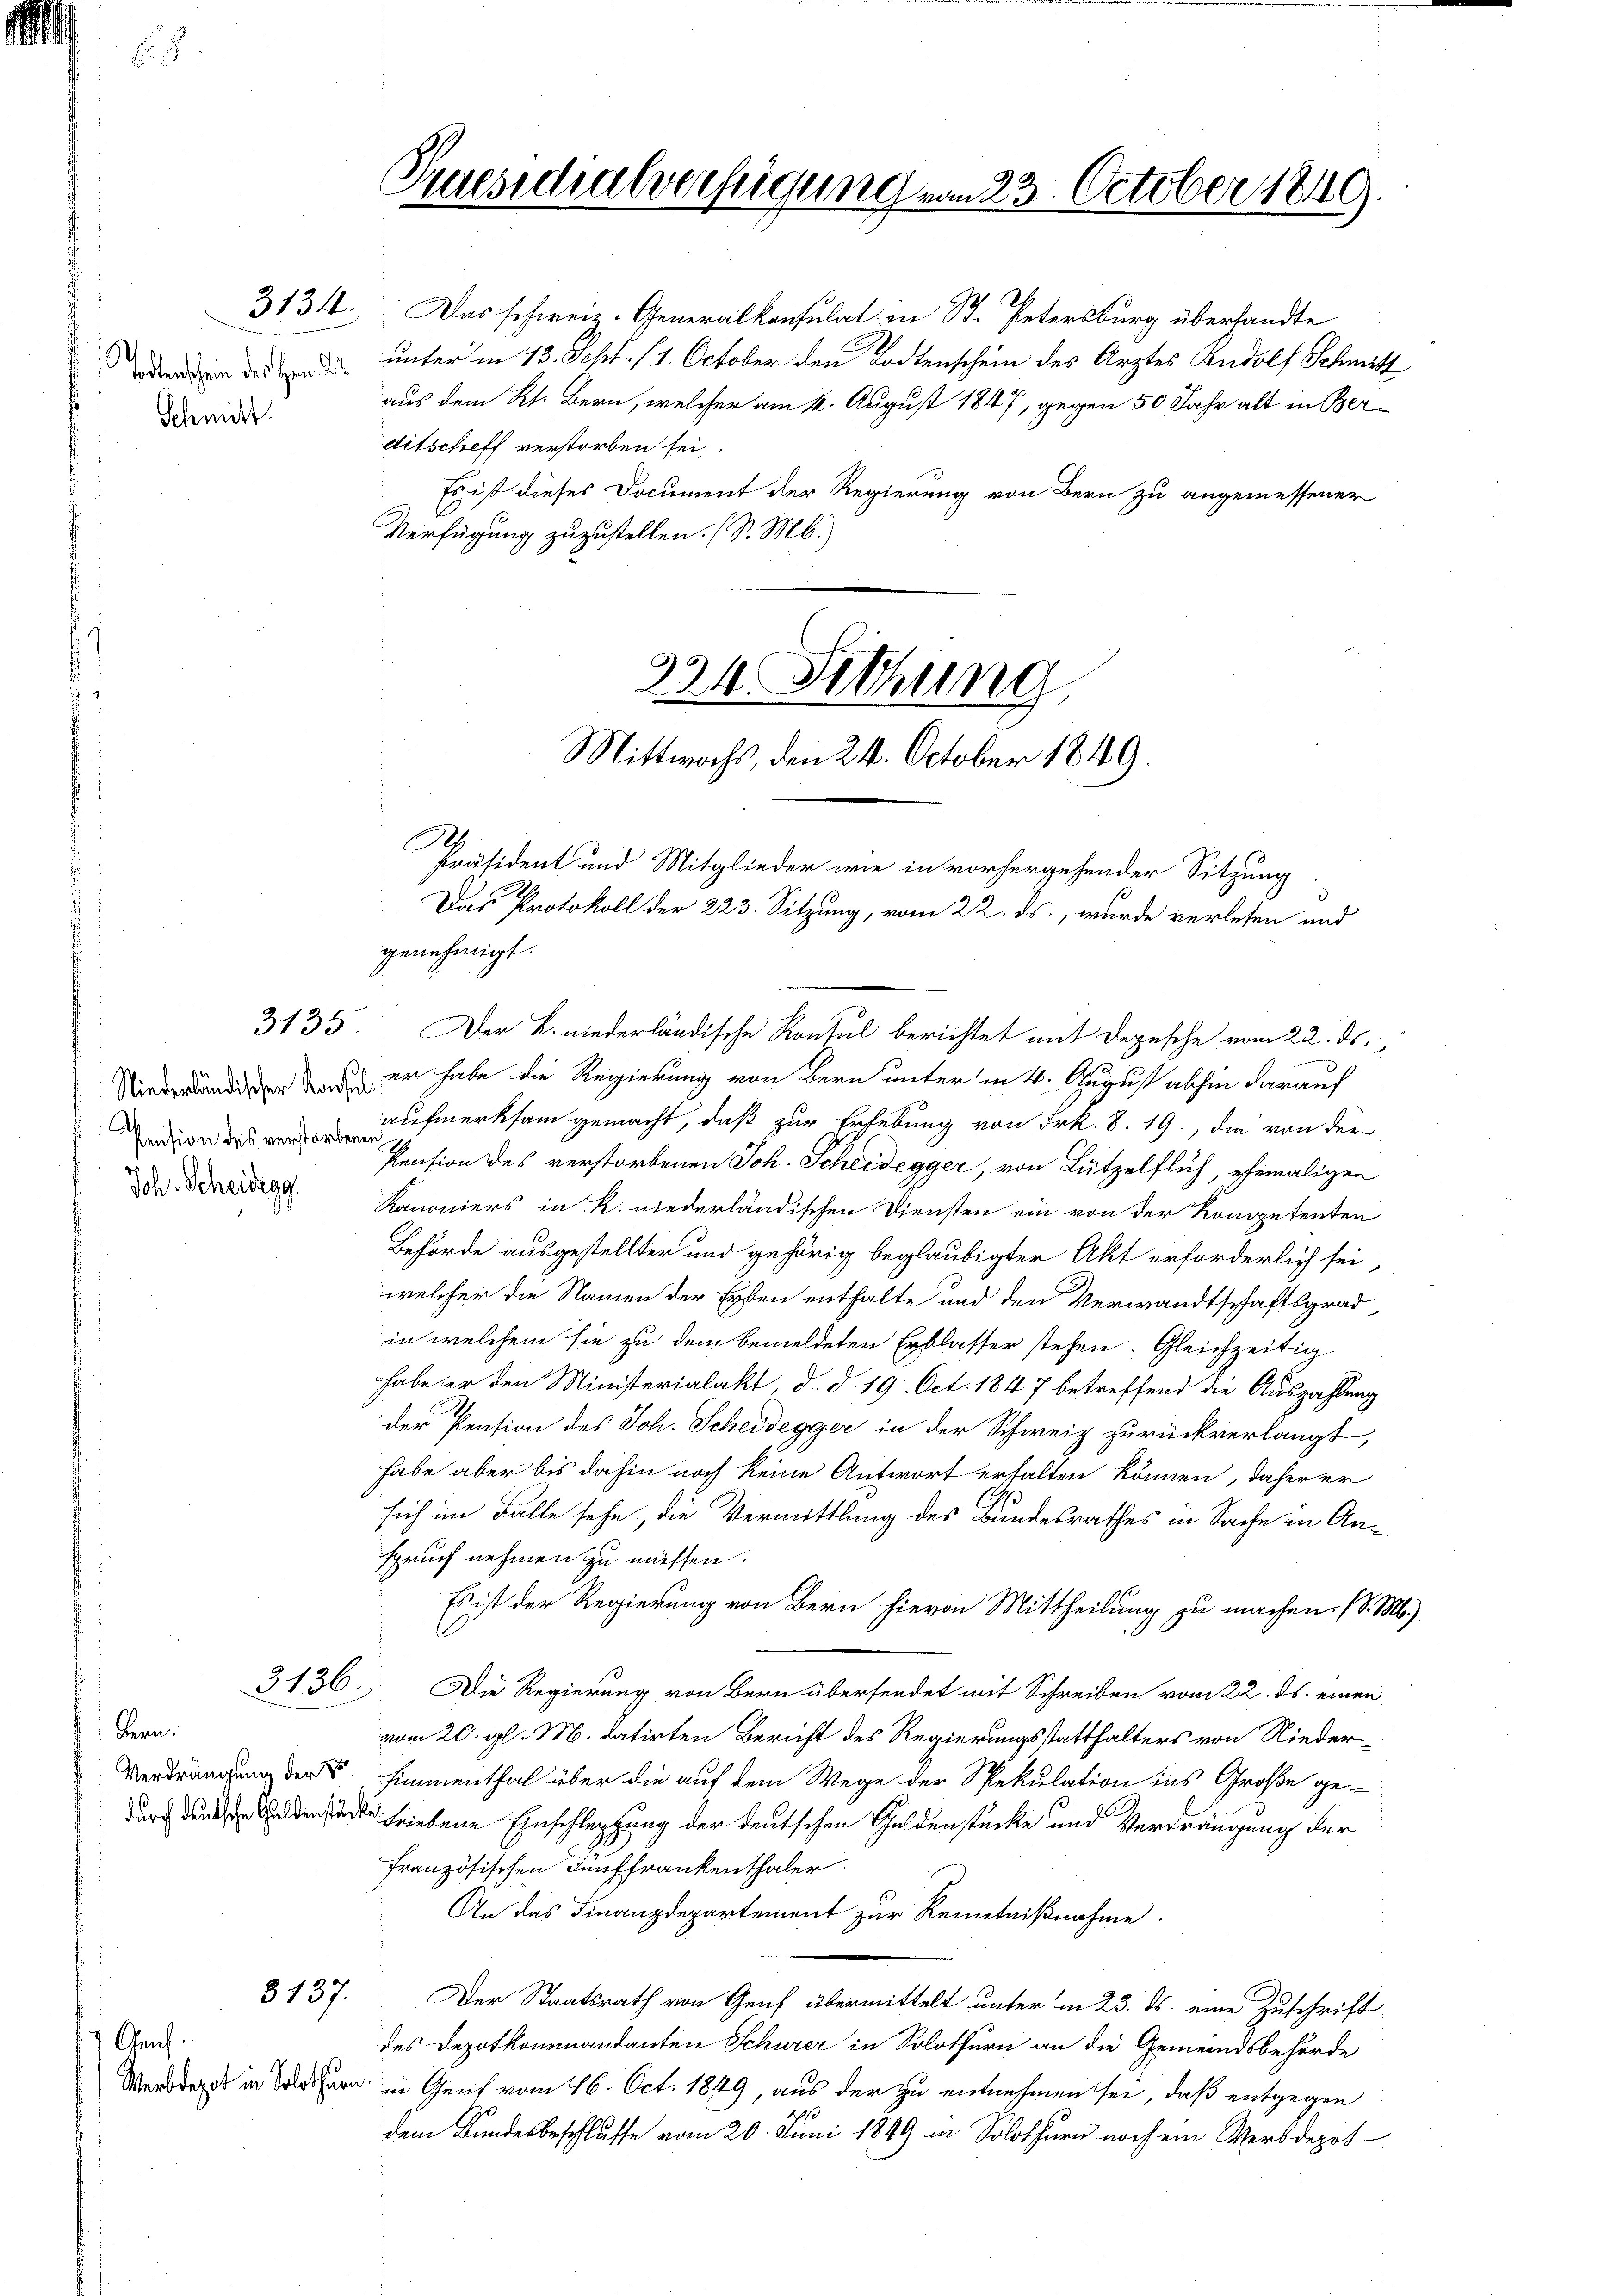
tortenschein des Hrn. D
Schnitt.

A
Pension des verstorbenen

Joh. Scheidegg

Genf.

3134.

Bern.

8137.

Praesidialverfügung vom 23. October 1840.

Das schweiz. Generalkonsulat in St. Petersburg überhandte
unter in 13. Sept. /1. October den Todtenschein des Arztes Rudolf Schmitt
aus dem Rt. Bern, welcher am 12. August 1847, gegen 50 Jahr alt in Berditscheff verstorben sei,
Es ist dieses Document der Regierung von Bern zu angemessener
Verfügung zuzustellen. (S. M.)

324. Siehung
Mittwochs, den 24. October 1849.

e
Präsident und Mitglieder wie in vorhergehender Sitzung
Das Protokoll der 223. Sitzung, vom 22. ds., wurde verlesen und
genehmigt.
3135. Der B. niederländische Konsul berichtet mit Depesche vom 22. ds.
dänden es er habe die Regierung von Bern unter in 4. August abhin darauf
aufmerksam gemacht, daß zur Erhebung von Frk. 8. 19, die von der
Pension des verstorbenen Joh. Scheidegger, von Lützelflich, ehemaligen
Kanoniers in R. niederländischen Diensten ein von der Konopetenten
Behörde ausgestellter und gehörig beglaubigter Akt erforderlich sei,
welcher die Namen der Erben enthalte und den Verwandtschaftsgrad
in welchem sie zu dem bemeldeten Erblasser stehen. Gleichzeitig
habe er den Ministerialakt, d. d. 19. Oct. 1847 betreffend die Auszahlung
.
der Pension des Joh. Scheidegger in der Schweiz zurückverlangt,
habe aber bis dahin noch keine Antwort erhalten können, daher er
sich im Falle sehe, die Vermittlung des Bundesrathes in Sache in Anspruch nehmen zu müssen.
Es ist der Regierung von Bern hievon Mittheilung zu machen. (S. M.).
3136. Die Regierung von Bern übersendet mit Schreiben vom 22. ds. einen
vom 20. gl. M. datirten Bericht des Regierungsstatthalters von Nieder¬
Verdrängung der S. Fimmenthal über die auf dem Wege der Spekulation ins Große ge-
dar den Geldensacte triebene Einschleppung der deutschen Guldenstücke und Verdrängung der
französischen Fünffrankenthaler
An das Finanzdepartement zur Kenntnißnahme.
Der Staatsrath von Graf übermittelt unter in 23. ds. eine Zuschrift
des Depotkommandanten Schurer in Solothurn an die Gemeindsbehörde
Werde in den in Genf vom 16. Oct. 1849, aus der zu entnehmen sei, daß entgegen
dem Kundesbeschlusse vom 20. Juni 1849 in Solothurn noch ein Werbdepot